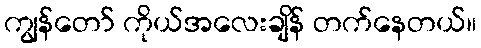
ကျွန်တော် ကိုယ်အလေးချိန် တက်နေတယ်။